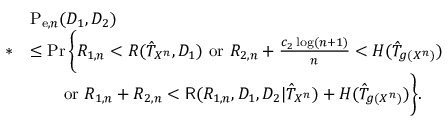
\begin{array} { r l } & { \mathrm { P } _ { \mathrm { e } , n } ( D _ { 1 } , D _ { 2 } ) } \\ { * } & { \leq \operatorname* { P r } \bigg \{ R _ { 1 , n } < R ( \hat { T } _ { X ^ { n } } , D _ { 1 } ) \mathrm { ~ o r } ~ R _ { 2 , n } + \frac { c _ { 2 } \log ( n + 1 ) } { n } < H ( \hat { T } _ { g ( X ^ { n } ) } ) } \\ & { \qquad \mathrm { o r } ~ R _ { 1 , n } + R _ { 2 , n } < \mathsf { R } ( R _ { 1 , n } , D _ { 1 } , D _ { 2 } | \hat { T } _ { X ^ { n } } ) + H ( \hat { T } _ { g ( X ^ { n } ) } ) \bigg \} . } \end{array}